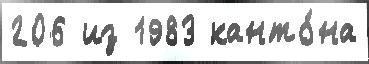
206 из 1983 канто́на